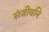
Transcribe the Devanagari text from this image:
संजीवनि